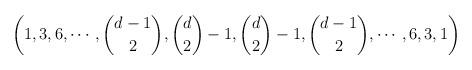
LaTeX: \begin{align*} \left (1,3,6,\cdots ,\binom{d-1}{2}, \binom{d}{2}-1, \binom{d}{2}-1, \binom{d-1}{2},\cdots ,6,3,1 \right ) \end{align*}